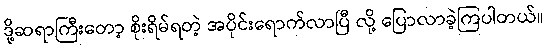
ဒို့ဆရာကြီးတော့ စိုးရိမ်ရတဲ့ အပိုင်းရောက်လာပြီ လို့ ပြောလာခဲ့ကြပါတယ်။